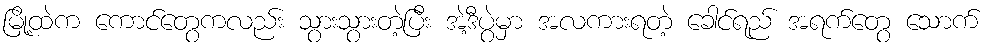
မြို့ထဲက ကောင်တွေကလည်း သွားသွားတဲ့ပြီး အဲ့ဒီပွဲမှာ အလကားရတဲ့ ခေါင်ရည် အရက်တွေ သောက်